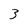
Character: 3